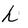
Character: h